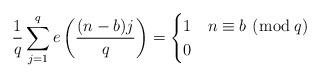
LaTeX: \begin{align*} \frac{1}{q} \sum_{j=1}^q e\left(\frac{(n-b)j}{q} \right)= \begin{cases} 1 & n \equiv b \,\, (\bmod \, q)\\ 0 & \end{cases}\end{align*}